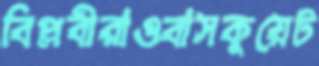
বিপ্লবীরাওবাসকুয়েট